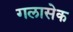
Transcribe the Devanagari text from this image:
गलासेक